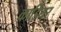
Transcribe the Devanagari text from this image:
कार्डियर